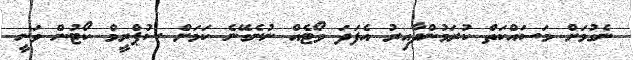
ނެގުމަށް މަސައްކަތް ކުރަމުންދާއިރު އެފަދަ ވޯޓެއް ނުނެގޭނެ ކަމަށް ސުޕްރީމް ކޯޓުން ވަނީ